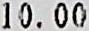
10.00